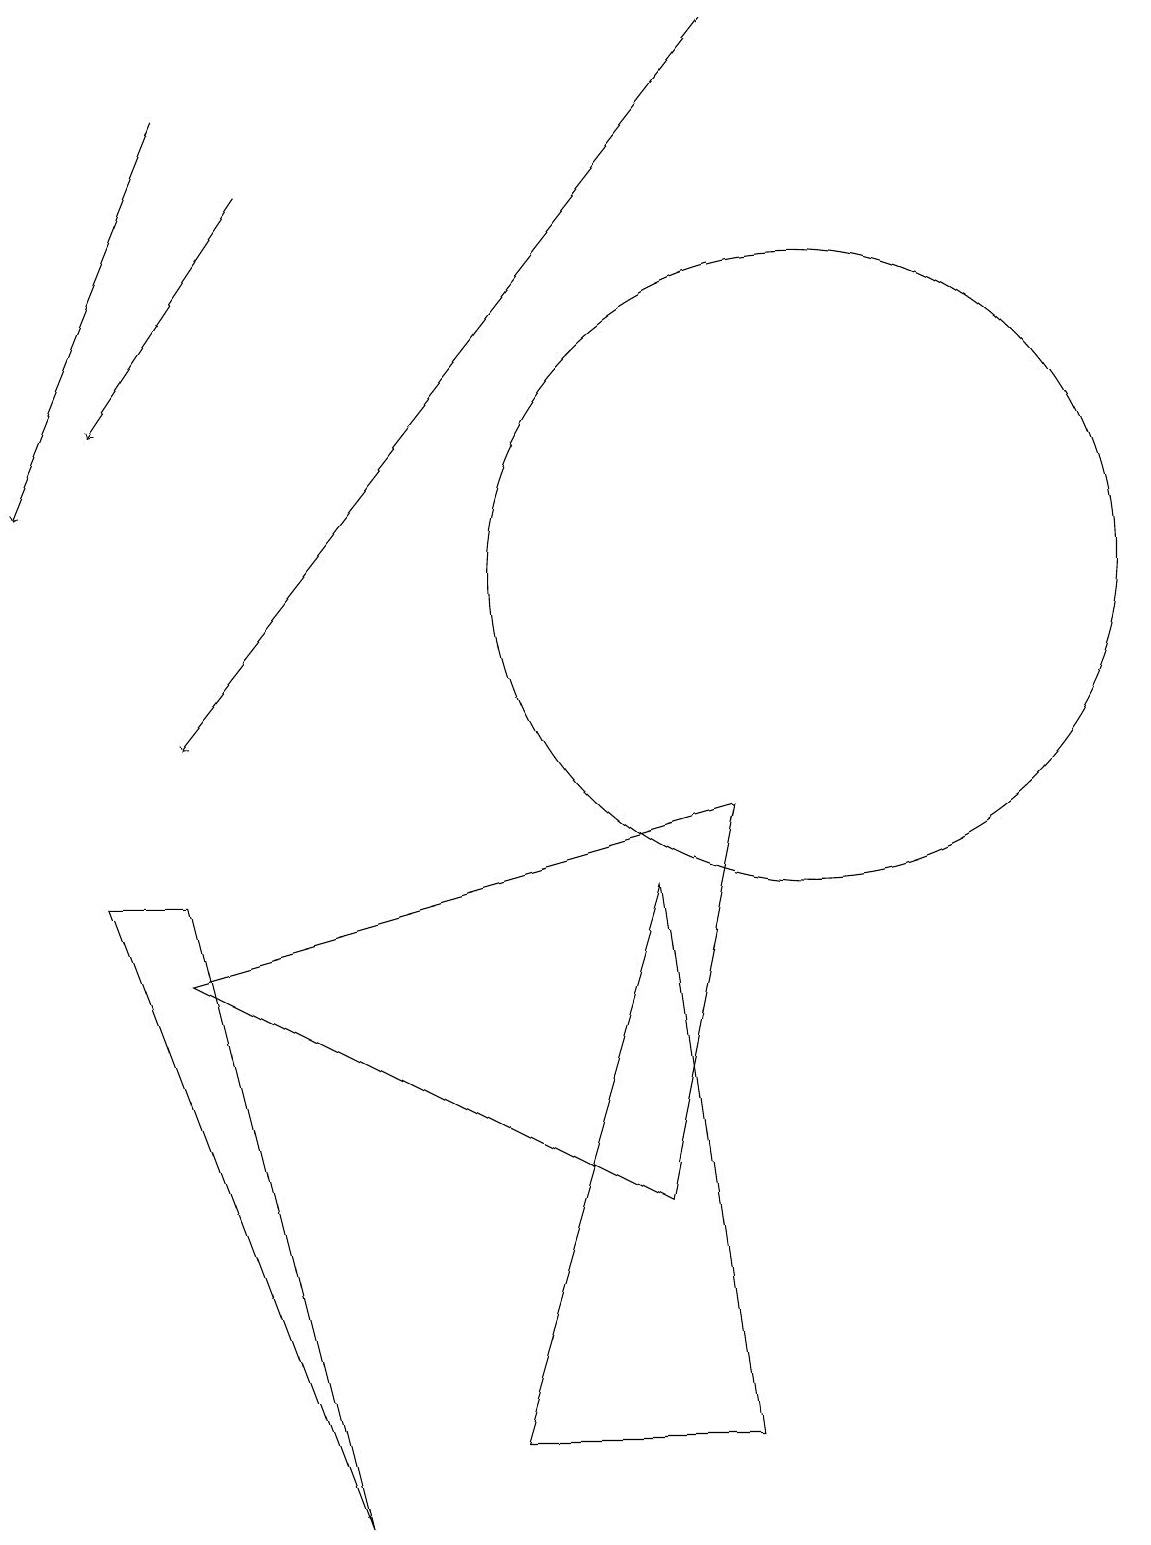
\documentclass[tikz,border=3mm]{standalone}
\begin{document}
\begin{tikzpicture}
\draw[->] (3,17) -- (1,14);
\draw (10,12) circle (4);
\draw[->] (2,18) -- (0,13);
\draw (6,1) -- (9,1) -- (8,8) -- cycle;
\draw (2,7) -- (9,9) -- (8,4) -- cycle;
\draw (2,8) -- (1,8) -- (4,0) -- cycle;
\draw[->] (9,19) -- (2,10);
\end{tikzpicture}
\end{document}